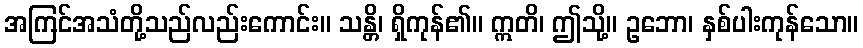
အကြင်အသံတို့သည်လည်းကောင်း။ သန္တိ၊ ရှိကုန်၏။ ဣတိ၊ ဤသို့။ ဥဘော၊ နှစ်ပါးကုန်သော။